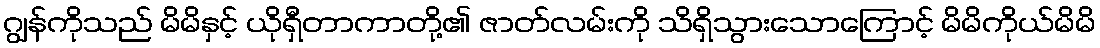
ဂျွန်ကိုသည် မိမိနှင့် ယိုရှီတာကာတို့၏ ဇာတ်လမ်းကို သိရှိသွားသောကြောင့် မိမိကိုယ်မိမိ